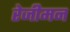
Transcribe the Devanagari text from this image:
रेजीमन